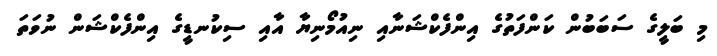
މި ބަލީގެ ސަބަބުން ކަންފަތުގެ އިންފެކްޝަނާއި ނިއުމޯނިޔާ އާއި ސިކުނޑީގެ އިންފެކްޝަން ނުވަތަ